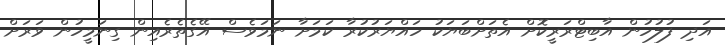
އަދި ފުލުހުން އާބިޓްރަރީކޮށް އެތަށްބަޔަކު ހައްޔަރުކުރާ ކަމަށާ ނަމަވެސް އޭގެތެރެއިން ގިނަމީހުން ވަރަށް